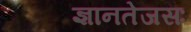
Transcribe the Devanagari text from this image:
ज्ञानतेजसः